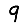
Digit: 9